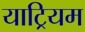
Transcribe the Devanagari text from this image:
याट्रियम